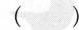
()